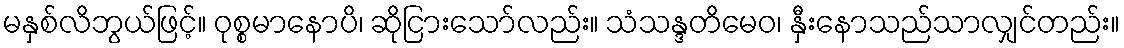
မနှစ်လိဘွယ်ဖြင့်။ ဝုစ္စမာနောပိ၊ ဆိုငြားသော်လည်း။ သံသန္ဒတိမေဝ၊ နှီးနောသည်သာလျှင်တည်း။